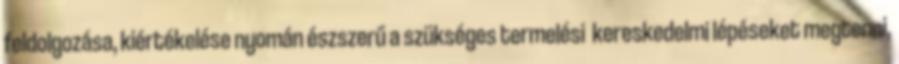
feldolgozása, kiértékelése nyomán észszerű a szükséges termelési kereskedelmi lépéseket megtenni,